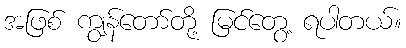
အဖြစ် ကျွန်တော်တို့ မြင်တွေ့ ရပါတယ်။